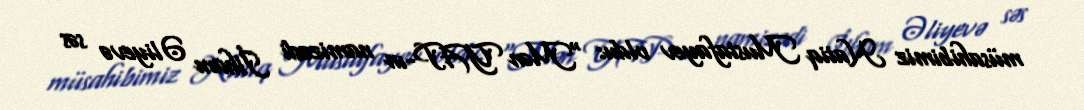
müsahibimiz Natiq Mustafayev oldu: “Mən YAP-ın namizədi İlham Əliyevə səs